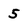
Character: 5